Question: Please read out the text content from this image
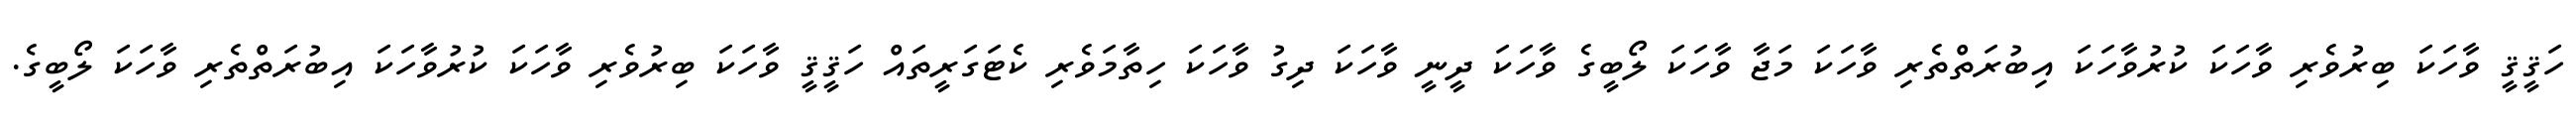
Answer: ހަޤީޤީ ވާހަކަ ބިރުވެރި ވާހަކަ ކުރުވާހަކަ އިބުރަތްތެރި ވާހަކަ މަޖާ ވާހަކަ ލޯބީގެ ވާހަކަ ދީނީ ވާހަކަ ދިގު ވާހަކަ ހިތާމަވެރި ކެޓަގަރީތައް ހަޤީޤީ ވާހަކަ ބިރުވެރި ވާހަކަ ކުރުވާހަކަ އިބުރަތްތެރި ވާހަކަ ލޯބީގެ.